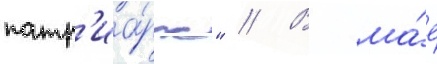
патр'иа́рх" // В ма́е